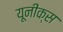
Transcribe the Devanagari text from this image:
यूनीक्स